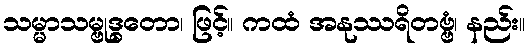
သမ္မာသမ္ဗုဒ္ဓတော၊ ဖြင့်။ ကထံ အနုဿရိတဗ္ဗံ၊ နည်း။